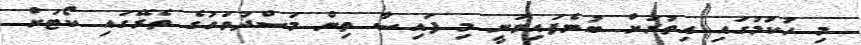
މި ހުކުމުގައި އިތުރަށް ބުނެފައިވަނީ މި ފައިސާ ތިން މަސްދުވަހުގެ ތެރޭގައި ކޯޓަށް